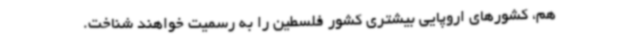
هم، کشورهای اروپایی بیشتری کشور فلسطین را به رسمیت خواهند شناخت.